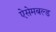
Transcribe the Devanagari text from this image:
ऐसेमबल्ड